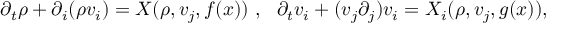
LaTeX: \partial _ { t } \rho + \partial _ { i } ( \rho v _ { i } ) = X ( \rho , v _ { j } , f ( x ) ) ~ , ~ ~ \partial _ { t } v _ { i } + ( v _ { j } \partial _ { j } ) v _ { i } = X _ { i } ( \rho , v _ { j } , g ( x ) ) ,